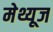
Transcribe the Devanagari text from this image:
मेथ्यूज